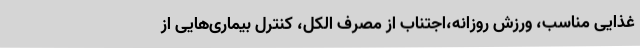
غذایی مناسب، ورزش روزانه،اجتناب از مصرف الکل، کنترل بیماری‌هایی از